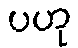
ပဟု